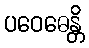
ပဝေဓေန္တိ